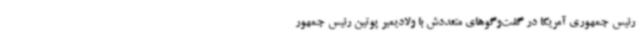
رئیس جمهوری آمریکا در گفت‌وگوهای متعددش با ولادیمیر پوتین رئیس جمهور